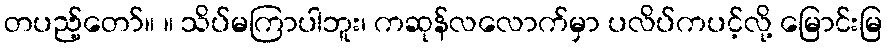
တပည့်တော်။ ။ သိပ်မကြာပါဘူး၊ ကဆုန်လလောက်မှာ ပလိပ်ကပင့်လို့ မြောင်းမြ